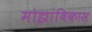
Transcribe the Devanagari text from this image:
मोझांबिकास